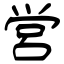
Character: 営